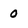
Character: 0